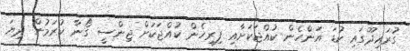
ގުރައިދޫގައި ކުޑަ އަންހެން ކުއްޖަކަށާއި ފިރިހެން ކުއްޖަކަށް ޖިންސީ ގޯނާ ކުރަމުން ދިޔަ